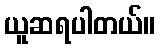
ယူဆရပါတယ်။